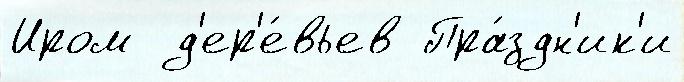
Иром  д'ер'е́вьев Пра́здн'ик'и